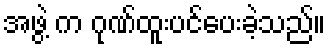
အဖွဲ့ က ဂုဏ်ထူးပင်ပေးခဲ့သည်။